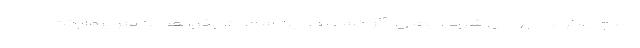
صبح چگونه اجرا می شود؟ یعنی اگر کسی در این ساعات بخواهد به سوپرمارکت